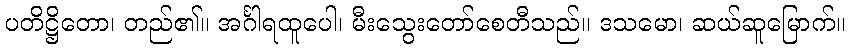
ပတိဋ္ဌိတော၊ တည်၏။ အင်္ဂါရထူပေါ၊ မီးသွေးတော်စေတီသည်။ ဒသမော၊ ဆယ်ဆူမြောက်။